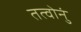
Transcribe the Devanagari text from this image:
तत्वोनुं